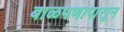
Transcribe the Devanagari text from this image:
बाळपणापासून